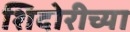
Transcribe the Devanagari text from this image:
शिदोरीच्या